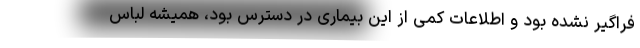
فراگیر نشده بود و اطلاعات کمی از این بیماری در دسترس بود، همیشه لباس